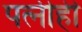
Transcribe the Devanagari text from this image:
पत्‍नीही